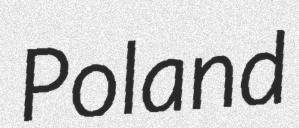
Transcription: Poland